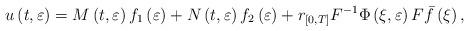
LaTeX: \begin{align*}u\left( t,\varepsilon \right) =M\left( t,\varepsilon \right) f_{1}\left(\varepsilon \right) +N\left( t,\varepsilon \right) f_{2}\left( \varepsilon\right) +r_{\left[ 0,T\right] }F^{-1}\Phi \left( \xi ,\varepsilon \right) F\bar{f}\left( \xi \right) , \end{align*}